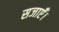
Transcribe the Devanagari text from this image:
सजाएँ।